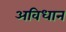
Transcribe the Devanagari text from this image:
अविधान